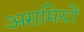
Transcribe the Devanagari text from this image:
असमियों